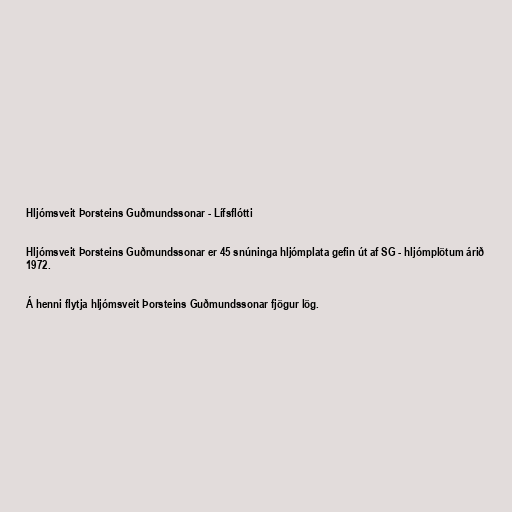
Hljómsveit Þorsteins Guðmundssonar - Lífsflótti

Hljómsveit Þorsteins Guðmundssonar er 45 snúninga hljómplata gefin út af SG - hljómplötum árið
1972.

Á henni flytja hljómsveit Þorsteins Guðmundssonar fjögur lög.